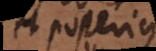
et posterius